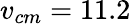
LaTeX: v_{cm}=11.2